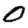
Digit: 0